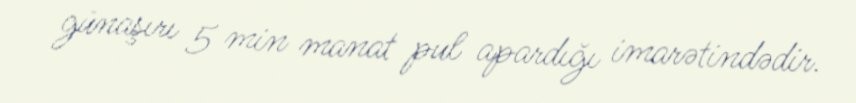
günaşırı 5 min manat pul apardığı imarətindədir.